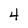
Character: 4